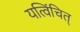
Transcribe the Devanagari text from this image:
यत्विंचित्